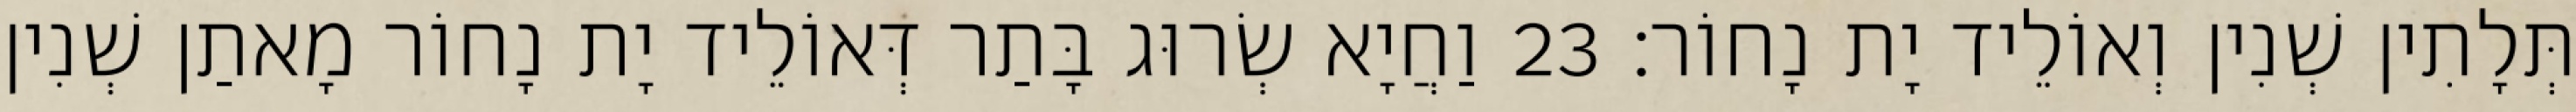
תְּלָתִין שְׁנִין וְאוֹלֵיד יָת נָחוֹר׃ 23 וַחֲיָא שְׂרוּג בָּתַר דְּאוֹלֵיד יָת נָחוֹר מָאתַן שְׁנִין